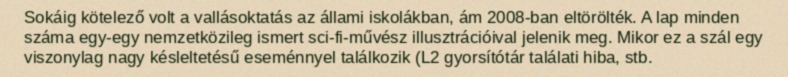
Sokáig kötelező volt a vallásoktatás az állami iskolákban, ám 2008-ban eltörölték. A lap minden száma egy-egy nemzetközileg ismert sci-fi-művész illusztrációival jelenik meg. Mikor ez a szál egy viszonylag nagy késleltetésű eseménnyel találkozik (L2 gyorsítótár találati hiba, stb.